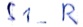
Text: S1_R